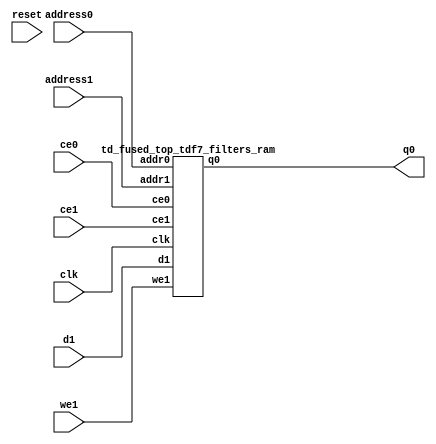
`define EXPONENT 5
`define MANTISSA 10
`define ACTUAL_MANTISSA 11
`define EXPONENT_LSB 10
`define EXPONENT_MSB 14
`define MANTISSA_LSB 0
`define MANTISSA_MSB 9
`define MANTISSA_MUL_SPLIT_LSB 3
`define MANTISSA_MUL_SPLIT_MSB 9
`define SIGN 1
`define SIGN_LOC 15
`define DWIDTH (`SIGN+`EXPONENT+`MANTISSA)
`define IEEE_COMPLIANCE 1

module td_fused_top_tdf7_filters(
    reset,
    clk,
    address0,
    ce0,
    q0,
    address1,
    ce1,
    we1,
    d1);

parameter DataWidth = 32'd16;
parameter AddressRange = 32'd73728;
parameter AddressWidth = 32'd17;
input reset;
input clk;
input[AddressWidth - 1:0] address0;
input ce0;
output[DataWidth - 1:0] q0;
input[AddressWidth - 1:0] address1;
input ce1;
input we1;
input[DataWidth - 1:0] d1;



td_fused_top_tdf7_filters_ram td_fused_top_tdf7_filters_ram_U(
    .clk( clk ),
    .addr0( address0 ),
    .ce0( ce0 ),
    .q0( q0 ),
    .addr1( address1 ),
    .ce1( ce1 ),
    .we1( we1 ),
    .d1( d1 )
);

endmodule
module td_fused_top_tdf7_filters_ram (addr0, ce0, q0, addr1, ce1, d1, we1,  clk);

parameter DWIDTH = 16;
parameter AWIDTH = 17;
parameter MEM_SIZE = 73728;

input[AWIDTH-1:0] addr0;
input ce0;
output wire[DWIDTH-1:0] q0;
input[AWIDTH-1:0] addr1;
input ce1;
input[DWIDTH-1:0] d1;
input we1;
input clk;

 reg [DWIDTH-1:0] ram[MEM_SIZE-1:0];
wire [AWIDTH-1:0] addr0_t0; 
reg [AWIDTH-1:0] addr0_t1; 
reg [DWIDTH-1:0] q0_t0;
reg [DWIDTH-1:0] q0_t1;
wire [AWIDTH-1:0] addr1_t0; 
reg [AWIDTH-1:0] addr1_t1; 
wire [DWIDTH-1:0] d1_t0; 
wire we1_t0; 
reg [DWIDTH-1:0] d1_t1; 
reg we1_t1; 


assign addr0_t0 = addr0;
assign q0 = q0_t1;
assign addr1_t0 = addr1;
assign d1_t0 = d1;
assign we1_t0 = we1;

always @(posedge clk)  
begin
    if (ce0) 
    begin
        addr0_t1 <= addr0_t0; 
        q0_t1 <= q0_t0;
    end
    if (ce1) 
    begin
        addr1_t1 <= addr1_t0; 
        d1_t1 <= d1_t0;
        we1_t1 <= we1_t0;
    end
end


always @(posedge clk)  
begin 
    if (ce0) begin
        q0_t0 <= ram[addr0_t1];
    end
end


always @(posedge clk)  
begin 
    if (ce1) begin
        if (we1_t1) 
            ram[addr1_t1] <= d1_t1; 
    end
end


endmodule